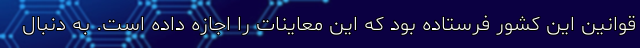
قوانین این کشور فرستاده بود که این معاینات را اجازه داده است. به دنبال